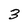
Character: 3